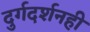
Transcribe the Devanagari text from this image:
दुर्गदर्शनही